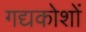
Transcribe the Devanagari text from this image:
गद्यकोशों